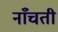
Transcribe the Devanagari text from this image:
नाँचती